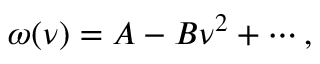
\omega ( \nu ) = A - B \nu ^ { 2 } + \cdots ,